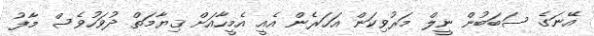
އޭނަގެ ސަބަބުން ނީލް މަރުވިކަން އަހަރެން އެއީ އެމީހާއަށް ޤިޔާމަތް ދުވަހުވެސް މާފު